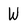
Character: W